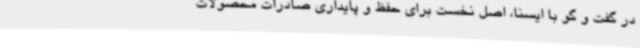
در گفت و گو با ایسنا، اصل نخست برای حفظ و پایداری صادرات محصولات